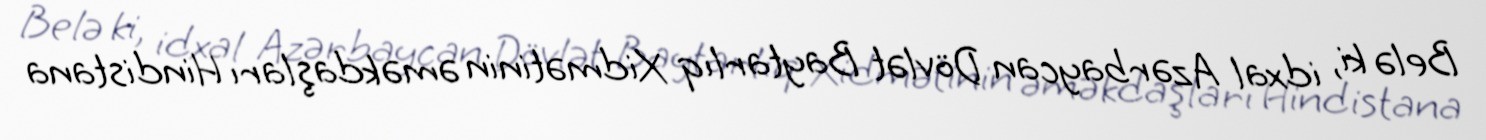
Belə ki, idxal Azərbaycan Dövlət Baytarlıq Xidmətinin əməkdaşları Hindistana